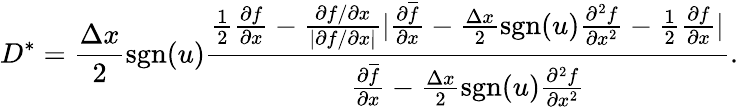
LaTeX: D^{\ast}=\frac{\Delta x}{2}\mathrm{sgn}(u)\frac{\frac{1}{2}\frac{\partial f}{\partial x}-\frac{\partial f/\partial x}{|\partial f/\partial x|}|\frac{\partial\overline{{f}}}{\partial x}-\frac{\Delta x}{2}\mathrm{sgn}(u)\frac{\partial^{2}f}{\partial x^{2}}-\frac{1}{2}\frac{\partial f}{\partial x}|}{\frac{\partial\overline{{f}}}{\partial x}-\frac{\Delta x}{2}\mathrm{sgn}(u)\frac{\partial^{2}f}{\partial x^{2}}}.